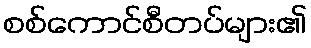
စစ်ကောင်စီတပ်များ၏